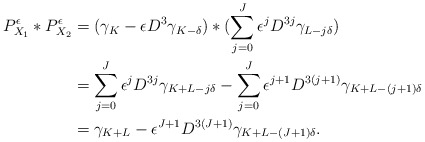
\begin{align*}P_{X_1}^{\epsilon}*P_{X_2}^{\epsilon}&=(\gamma_{K}-\epsilon D^3\gamma_{K-\delta})*(\sum_{j=0}^J\epsilon^{j}D^{3j}\gamma_{L-j\delta})\\&=\sum_{j=0}^J\epsilon^{j}D^{3j}\gamma_{K+L-j\delta}-\sum_{j=0}^J\epsilon^{j+1}D^{3(j+1)}\gamma_{K+L-(j+1)\delta}\\&=\gamma_{K+L}-\epsilon^{J+1}D^{3(J+1)}\gamma_{K+L-(J+1)\delta}.\end{align*}